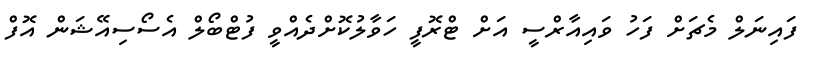
ފައިނަލް މެޗަށް ފަހު ވައިއާރްސީ އަށް ޓްރޮފީ ހަވާލުކޮށްދެއްވީ ފުޓްބޯލް އެސޯސިއޭޝަން އޮފް